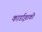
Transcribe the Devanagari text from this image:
कार्डाइतकी